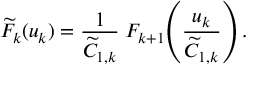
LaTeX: \widetilde { \cal F } _ { k } ( u _ { k } ) = \frac { 1 } { \widetilde C _ { 1 , k } } \; { \cal F } _ { k + 1 } \! \left( \frac { u _ { k } } { \widetilde C _ { 1 , k } } \right) .